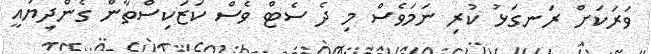
ވަރަކަށް ރަނގަޅު ކުރި ނަމަވެސް މި ދެ ސެޓް ވެސް ކަޒަކިސްތާން ގެންދިޔައީ